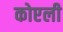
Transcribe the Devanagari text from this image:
कोएली